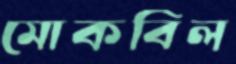
মোকবিল